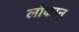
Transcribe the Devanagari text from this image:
लोकान्